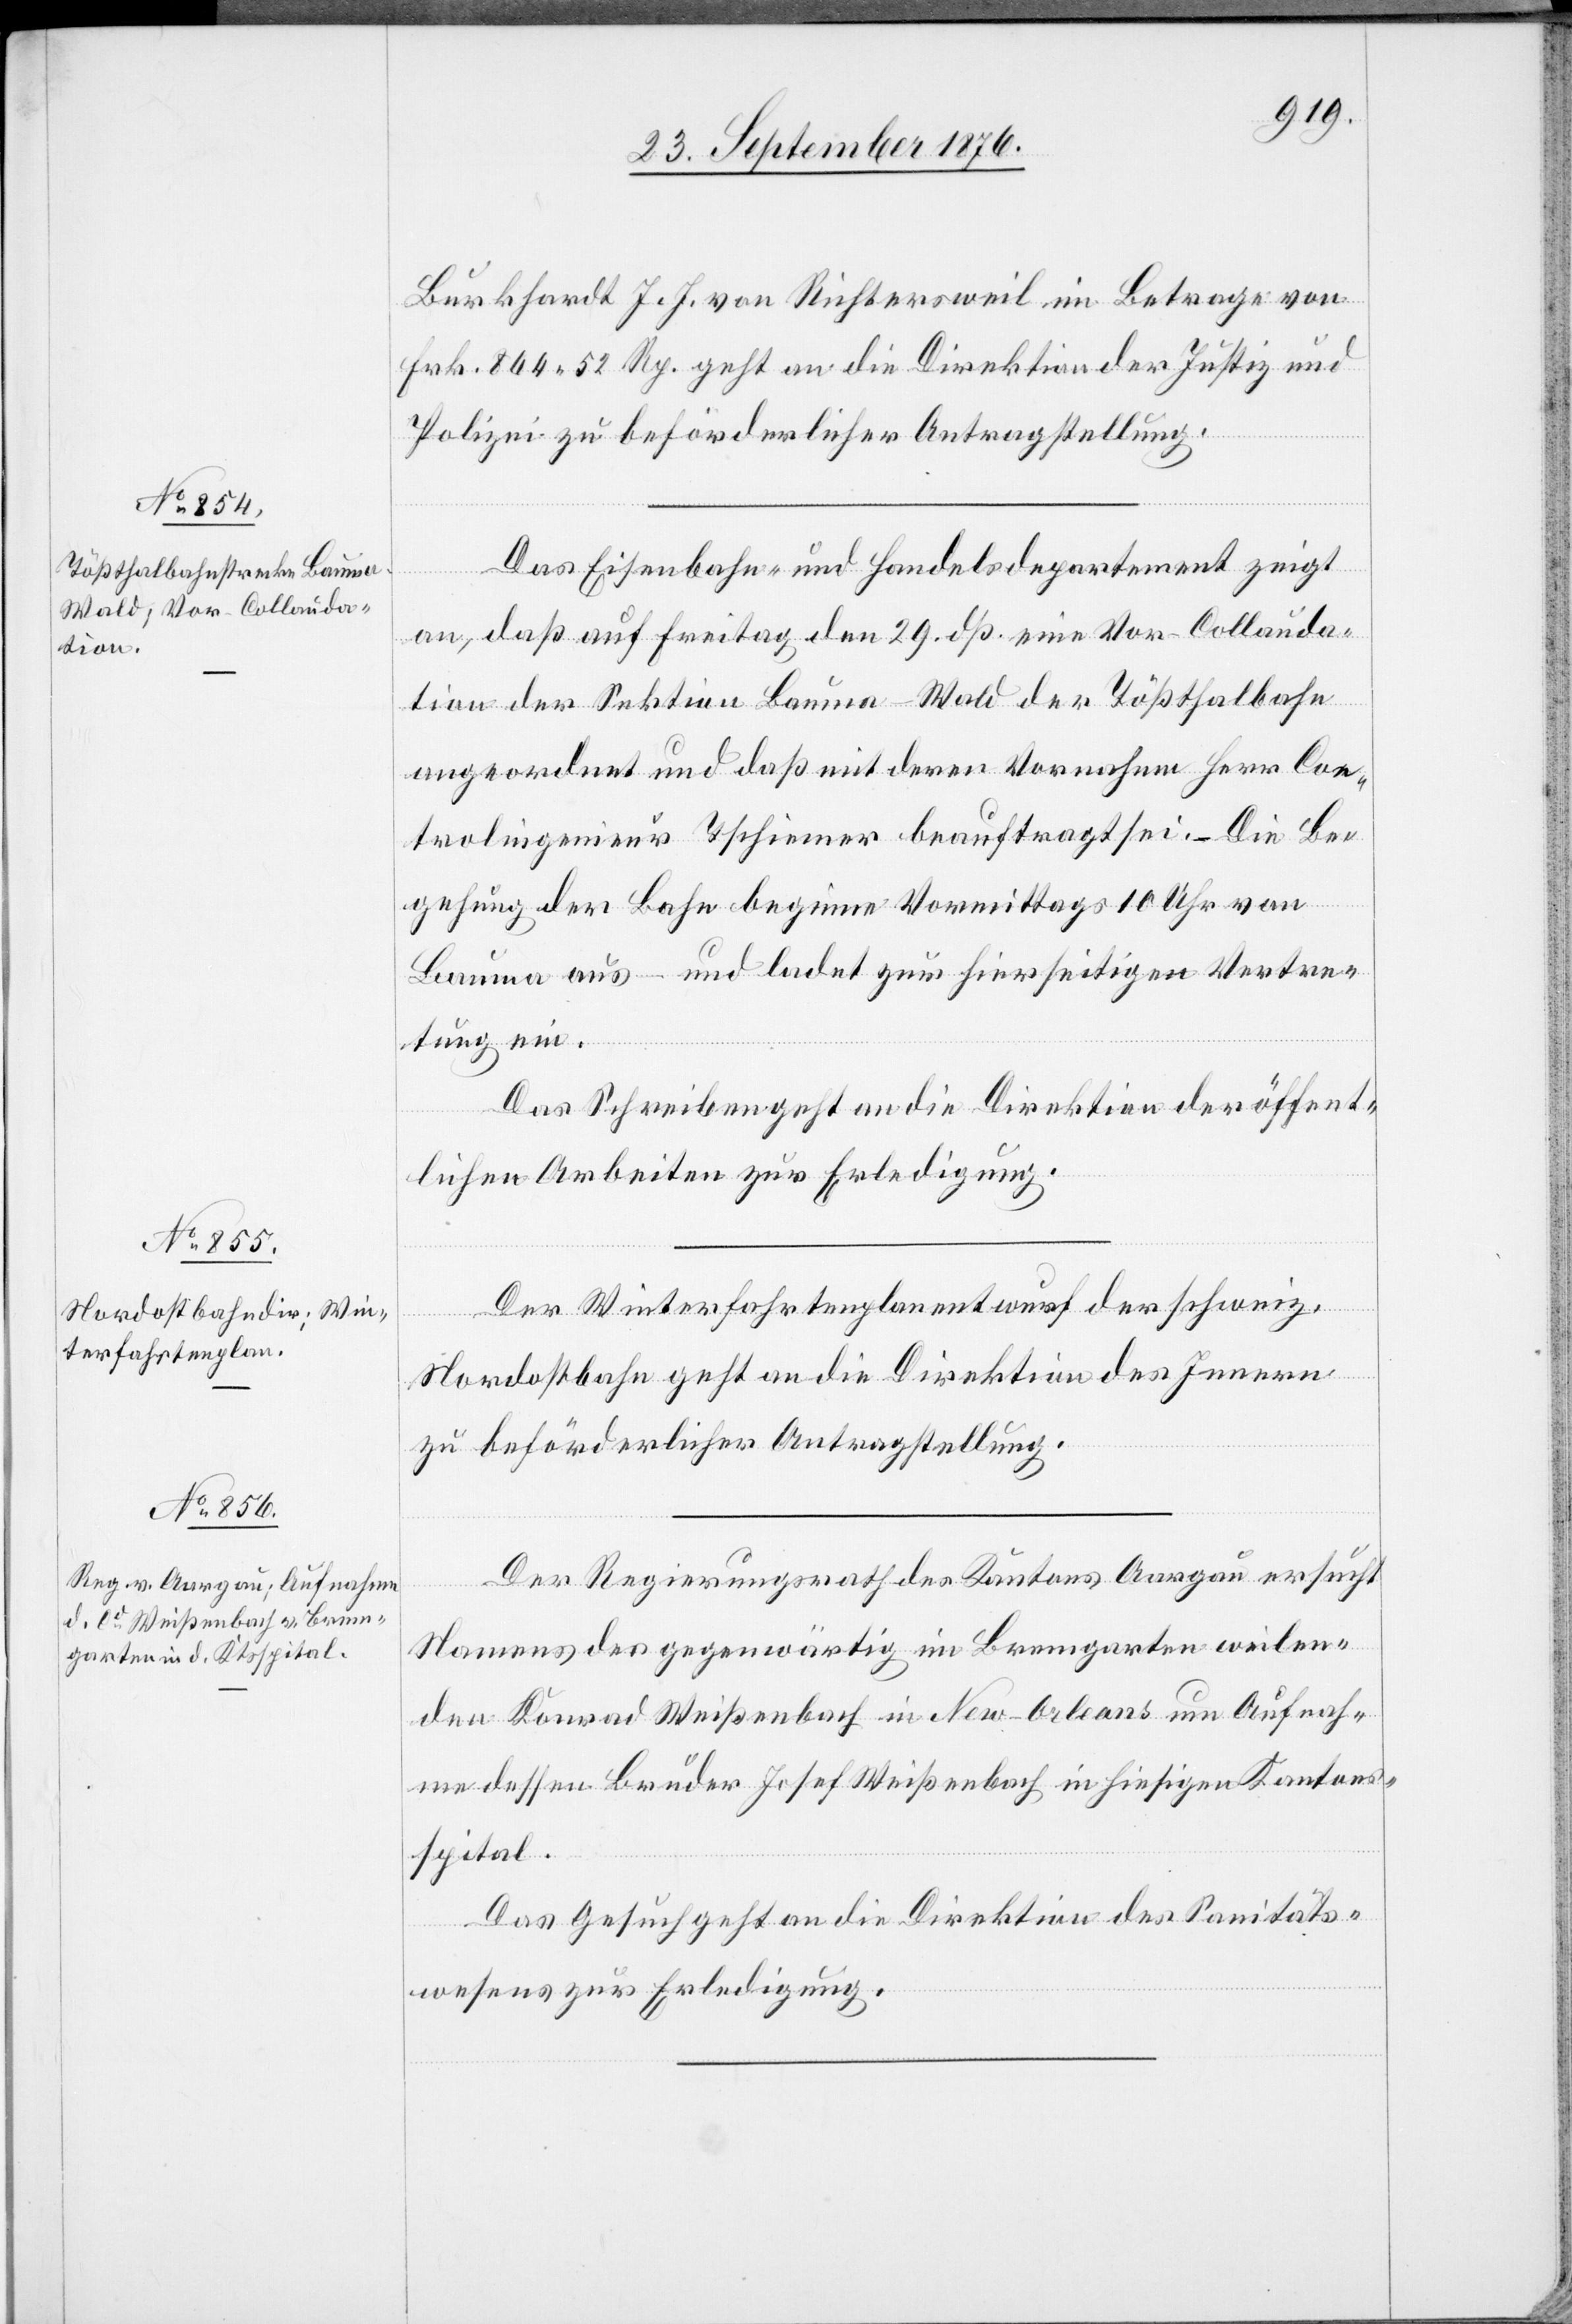
25. September 1876.]
Burkhardt J. J. von Richtersweil im Betrage von
Frk. 864 52 Rp. geht an die Direktion der Justiz und
Polizei zu beförderlicher Antragstellung.
Das Eisenbahn- und Handelsdepartement zeigt
an, daß auf Freitag den 29. dß. eine Vor-Collauda¬
tion der Sektion Bauma–Wald der Tößthalbahn
angeordnet und daß mit derer Vornahme Herr Con¬
trolingenieur Tschiemer beauftragt sei. – Die Be¬
gehung der Bahn beginne Vormittags 10 Uhr von
Bauma aus – und ladet zur hierseitigen Vertre¬
tung ein.
Das Schreiben geht an die Direktion der öffent¬
lichen Arbeiten zur Erledigung.
Der Winterfahrtenplanentwurf der schweiz.
Nordostbahn geht an die Direktion des Innern
zu beförderlicher Antragstellung.
Der Regierungsrath des Kantons Aargau ersucht
Namens des gegenwärtig im [sic!] Bremgarten weilen¬
den Konrad Weißenbach in New-Orleans um Aufnah¬
me dessen Bruder Josef Weißenbach in hiesigen Kantons¬
spital.
Das Gesuch geht an die Direktion des Sanitäts¬
wesens zur Erledigung.